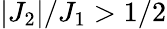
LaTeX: |J_{2}|/J_{1}>1/2